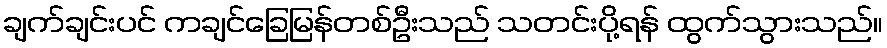
ချက်ချင်းပင် ကချင်ခြေမြန်တစ်ဦးသည် သတင်းပို့ရန် ထွက်သွားသည်။